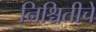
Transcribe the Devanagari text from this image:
निश्चितीचे